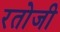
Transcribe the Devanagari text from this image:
रतोजी